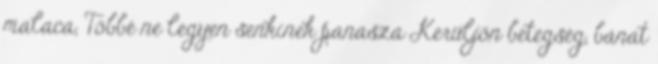
malaca, Többé ne legyen senkinek panasza Kerüljön betegség, bánat